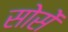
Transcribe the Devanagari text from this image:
सोसें